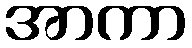
အာကာ